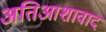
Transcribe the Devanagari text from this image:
अतिआशावाद